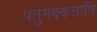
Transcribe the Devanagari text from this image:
पतुमक्कताष़ि